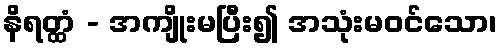
နိရတ္ထံ - အကျိုးမပြီး၍ အသုံးမဝင်သော၊